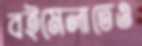
বইমেলাতেও